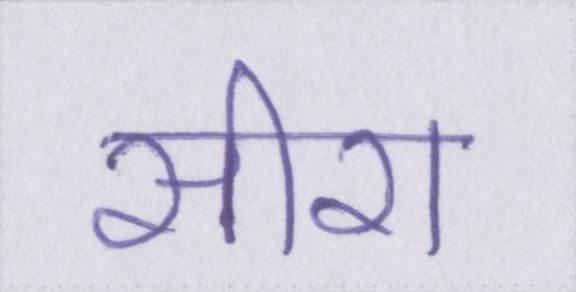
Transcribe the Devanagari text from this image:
सीरा